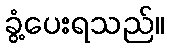
ခွံ့ပေးရသည်။